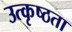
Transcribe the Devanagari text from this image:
उत्कृष्ठता